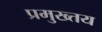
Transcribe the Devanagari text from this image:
प्रमुख्तय